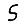
Digit: 5